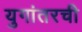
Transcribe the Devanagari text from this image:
युगांतरची